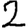
Digit: 2